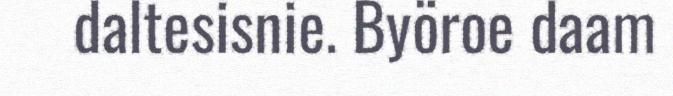
daltesisnie. Byöroe daam